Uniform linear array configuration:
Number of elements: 12
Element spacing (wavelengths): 0.25
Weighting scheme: exponential
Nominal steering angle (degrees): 45
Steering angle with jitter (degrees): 43.532
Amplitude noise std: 0.05
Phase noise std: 0.05

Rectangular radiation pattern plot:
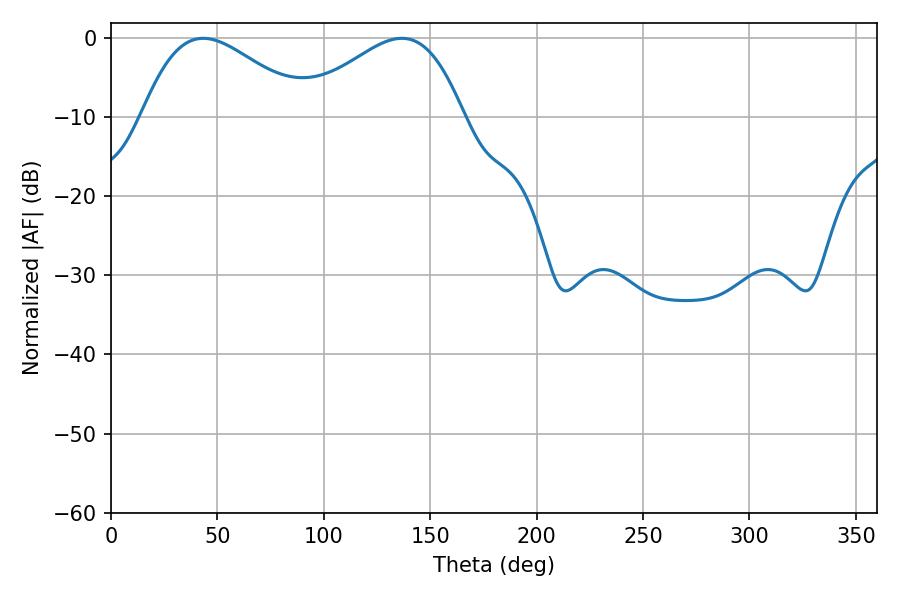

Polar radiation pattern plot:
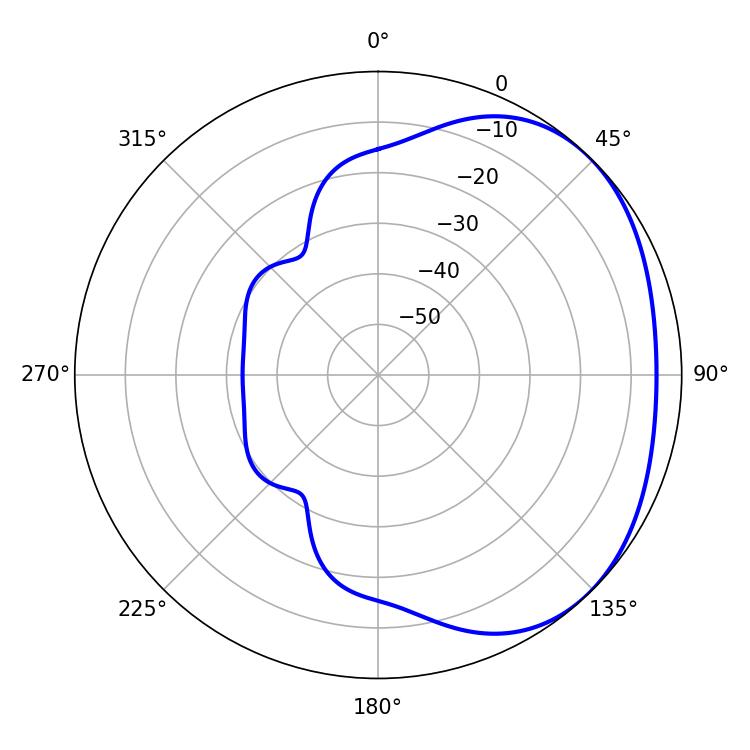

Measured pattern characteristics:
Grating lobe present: FALSE
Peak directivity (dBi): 2.405
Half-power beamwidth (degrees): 41.58
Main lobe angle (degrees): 43.38